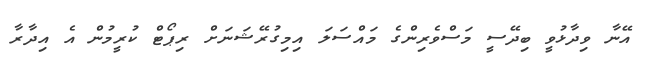
އޭނާ ވިދާޅުވީ ބިދޭސީ މަސްވެރިންގެ މައްސަލަ އިމިގުރޭޝަނަށް ރިޕޯޓް ކުރީމުން އެ އިދާރާ